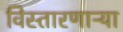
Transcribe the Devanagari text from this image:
विस्तारणाऱ्या